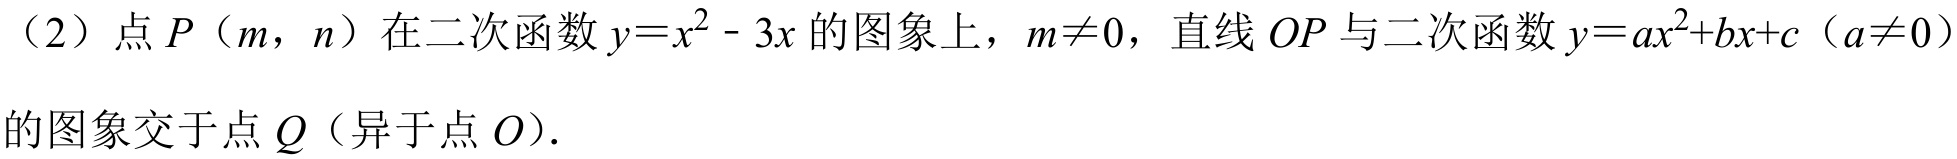
（2）点\(P(m,n)\)在二次函数\(y = x^{2}-3x\)的图象上，\(m\neq0\)，直线\(OP\)与二次函数\(y = ax^{2}+bx + c\)（\(a\neq0\)）的图象交于点\(Q\)（异于点\(O\)）.